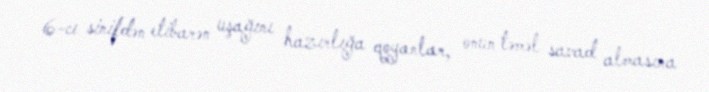
6-cı sinifdən etibarən uşağını hazırlığa qoyanlar, onun təməl savad almasına